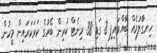
ހިނގާލުމެއް ބާއްވައިފި 8 ގަޑި 38 މިނެޓް ކުރިން ބޭރުގެ ކަރަކަރައިން މީހުން